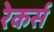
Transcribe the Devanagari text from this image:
रेकर्स